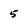
Character: 5